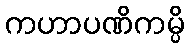
ကဟာပဏိကမ္ပိ